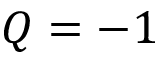
Q = - 1